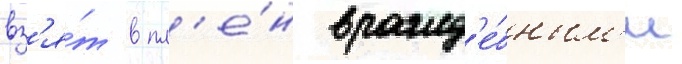
вз'я́т в пл'е́н вражд'е́бным'и